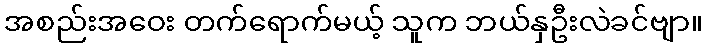
အစည်းအဝေး တက်ရောက်မယ့် သူက ဘယ်နှဦးလဲခင်ဗျာ။